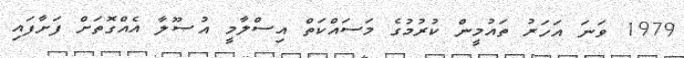
1979 ވަނަ އަހަރު ތައުމީން ކުރުމުގެ މަސައްކަތް އިސްލާމީ އުޞޫލާ އެއްގޮތަށް ފަށާފައި